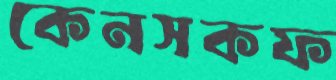
কেনসকফ